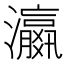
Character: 𬉩